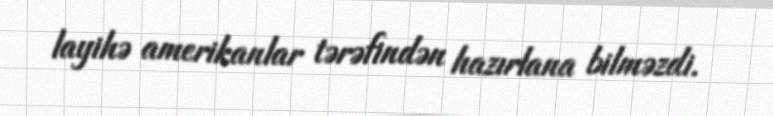
layihə amerikanlar tərəfindən hazırlana bilməzdi.